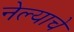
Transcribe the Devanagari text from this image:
नेल्याचे